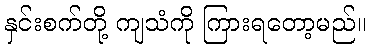
နှင်းစက်တို့ ကျသံကို ကြားရတော့မည်။